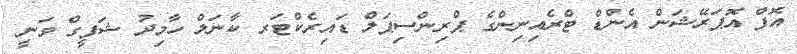
އޮފް އޮޕަރޭޝަން އެންޑް ޓްރެއިނިންގެ ޕްރިންސިޕަލް ޑައިރެކްޓަރ ކާނަލް ހާމިދު ޝަފީގް ވަނީ